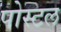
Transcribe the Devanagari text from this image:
पोस्‍टल